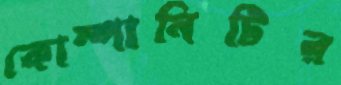
কোম্পানিটির